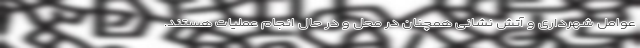
عوامل شهرداری و آتش نشانی همچنان در محل و در حال انجام عملیات هستند.